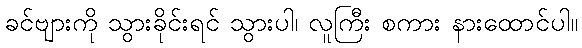
ခင်ဗျားကို သွားခိုင်းရင် သွားပါ၊ လူကြီး စကား နားထောင်ပါ။